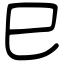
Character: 巳